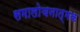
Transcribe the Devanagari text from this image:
समालोचनात्‍मक